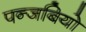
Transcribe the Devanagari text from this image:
पन्जबियो